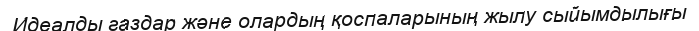
Идеалды газдар және олардың қоспаларының жылу сыйымдылығы